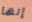
إنها